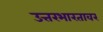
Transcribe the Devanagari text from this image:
उत्तरभारतावर